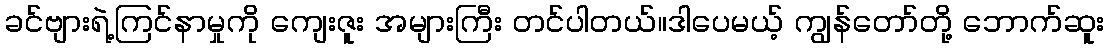
ခင်ဗျားရဲ့ကြင်နာမှုကို ကျေးဇူး အများကြီး တင်ပါတယ်။ဒါပေမယ့် ကျွန်တော်တို့ ဘောက်ဆူး